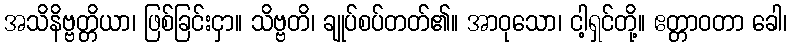
အသိနိဗ္ဗတ္တိယာ၊ ဖြစ်ခြင်းငှာ။ သိဗ္ဗတိ၊ ချုပ်စပ်တတ်၏။ အာဝုသော၊ ငါ့ရှင်တို့။ ဧတ္တာဝတာ ခေါ၊